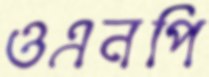
ওএনপি